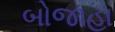
બોજાહા